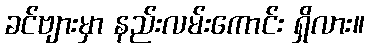
ခင်ဗျားမှာ နည်းလမ်းကောင်း ရှိလား။